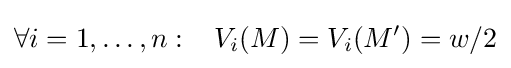
\forall i=1,\ldots ,n:\,\,\,\,\,V_{i}(M)=V_{i}(M')=w/2